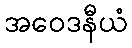
အဝေဒနီယံ